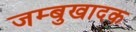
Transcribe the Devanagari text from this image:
जम्बुखादक